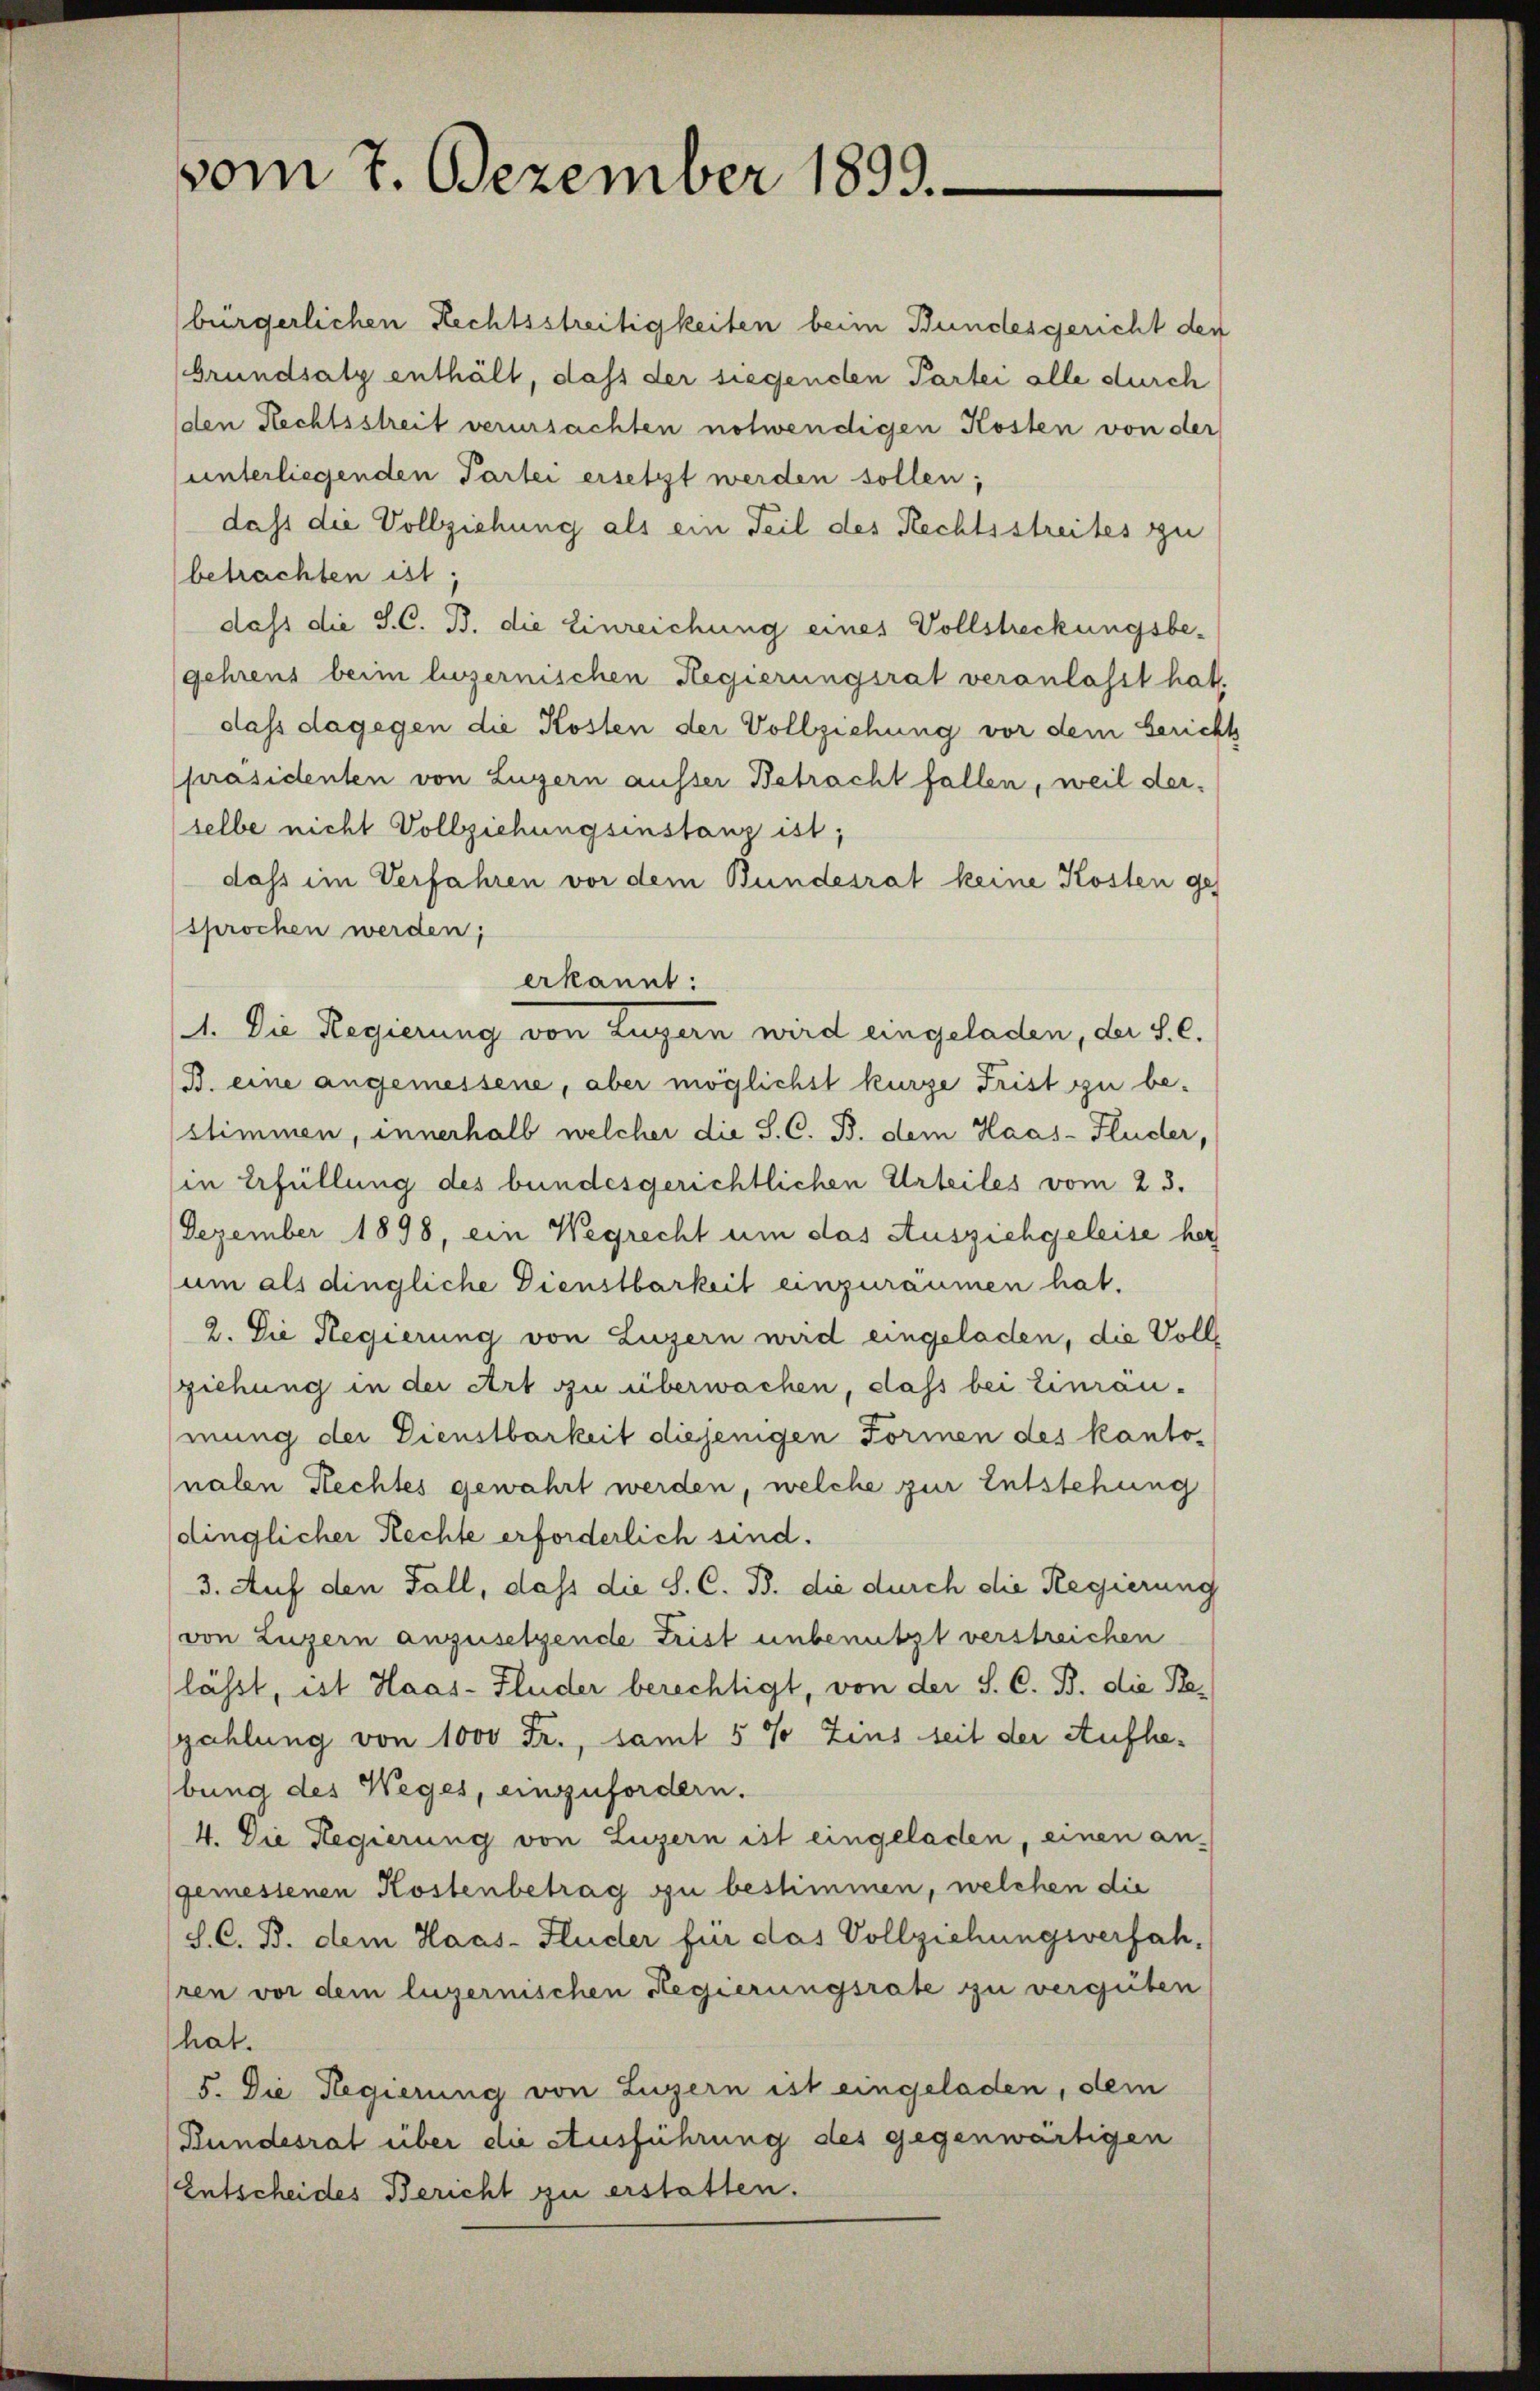
vom 7. Dezember 1893.

bürgerlichen Rechtsstreitigkeiten beim Bundesgericht den
Grundsatz enthält, dass der siegenden Partei alle durch
den Rechtsstreit verursachten notwendigen Kosten von der
unterliegenden Partei ersetzt werden sollen;
dass die Vollziehung als ein Teil des Rechtsstreites zu
betrachten ist,
dass die S. C. B. die Einreichung eines Vollstreckungsbe-
gehrens beim luzernischen Regierungsrat veranlasst hat,
dass dagegen die Kosten der Vollziehung vor dem Gericht
präsidenten von Luzern ausser Betracht fallen, weil derselbe nicht Vollziehungsinstanz ist;
dass im Verfahren vor dem Bundesrat keine Kosten gesprochen werden;
erkannt:
1. Die Regierung von Luzern wird eingeladen, der S. C.
B. eine angemessene, aber möglichst kurze Frist zu be-
stimmen, innerhalb welcher die S. C. B. dem Haas-Fluder,
(in Erfüllung des bundesgerichtlichen Urteiles vom 23.
Dezember 1898, ein Wegrecht um das Ausziehgeleise her
um als dingliche Dienstbarkeit einzuräumen hat.
2. Die Regierung von Luzern wird eingeladen, die Voll
ziehung in der Art zu überwachen, dass bei Einraumung der Dienstbarkeit diejenigen Formen des kanto-
nalen Rechtes gewahrt werden, welche zur Entstehung
dinglicher Rechte erforderlich sind.
3. Auf den Fall, dass die S. C. B. die durch die Regierung
(von Luzern anzusetzende Frist unbenutzt verstreichen
lässt, ist Haas-Fluder berechtigt, von der S. C. B. die Be-
zahlung von 1000 Fr., samt 5 % Zins seit der Aufhebung des Weges, einzufordern.
4. Die Regierung von Luzern ist eingeladen, einen an-
gemessenen Kostenbetrag zu bestimmen, welchen die
S. C. B. dem Haus- Hluder für das Vollziehungsverfah-
ren vor dem luzernischen Regierungsrate zu verguten
hat.
5. Die Regierung von Luzern ist eingeladen, dem
Bundesrat über die Ausführung des gegenwärtigen
Entscheides Bericht zu erstatten.